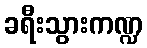
ခရီးသွားကဏ္ဍ